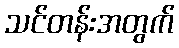
သင်တန်းအတွက်